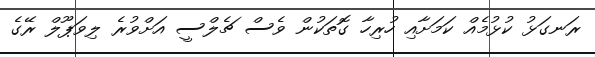
ރަނގަޅު ކުޅުމެއް ކަމަށާއި ހުރިހާ ގޮތަކުން ވެސް ޗެލްސީ އަށްވުރެ ލިވަޕޫލް ރޭގެ